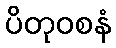
ပိတုဝစနံ